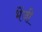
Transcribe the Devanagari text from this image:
भेंजी